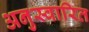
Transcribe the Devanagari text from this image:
अनुस्वारित